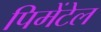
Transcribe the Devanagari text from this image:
पिमेंटेल